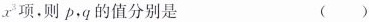
x^{3}项。则p,q的值分别是 ()